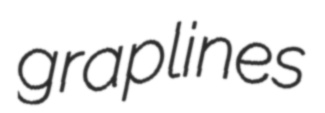
graplines